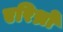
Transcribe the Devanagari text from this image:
एरिथ्रो